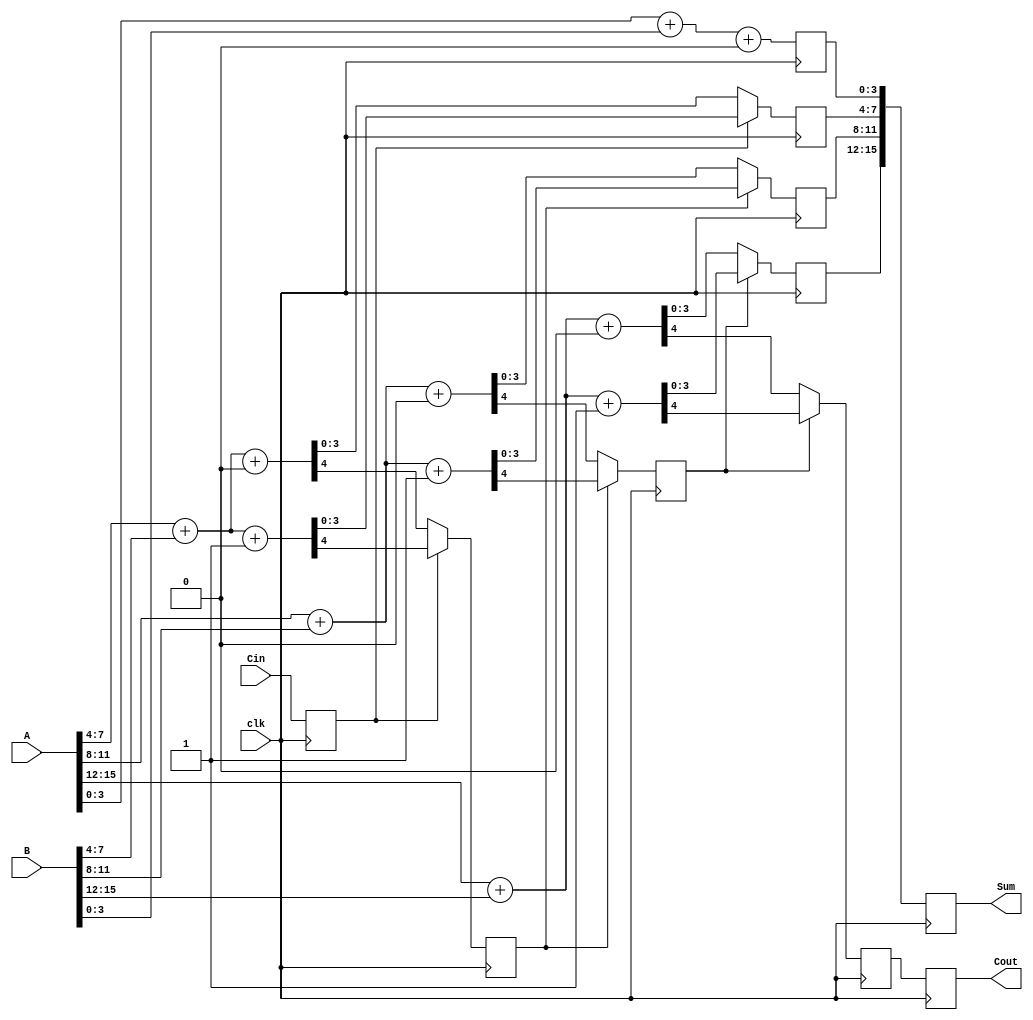
module PipelinedCarrySelectAdder #(parameter n = 16,    // Total bits
                                    parameter k = 4)    // Bits per segment
(
    input  wire [n-1:0] A,      // Input A
    input  wire [n-1:0] B,      // Input B
    input  wire Cin,             // Initial carry-in
    input  wire clk,             // Clock signal
    output reg [n-1:0] Sum,      // Output Sum
    output reg Cout              // Final carry-out
);

localparam p = n / k;  // Number of segments

// Intermediate signals
wire [k-1:0] sum0 [0:p-1];  // Sum outputs with Cin = 0
wire [k-1:0] sum1 [0:p-1];  // Sum outputs with Cin = 1
wire Cout0 [0:p-1];         // Carry-out with Cin = 0
wire Cout1 [0:p-1];         // Carry-out with Cin = 1

// Registers to hold intermediate results for pipelining
reg [k-1:0] segSum [0:p-1];
reg segCout [0:p-1];

integer i;

// Carry Select Logic for each segment
genvar j;
generate
    for (j = 0; j < p; j = j + 1) begin : carry_select_block
        // Select relevant bits for this segment
        wire [k-1:0] A_seg = A[j*k +: k];
        wire [k-1:0] B_seg = B[j*k +: k];

        // Carry Select Adder for the segment
        assign {Cout0[j], sum0[j]} = A_seg + B_seg + 1'b0;
        assign {Cout1[j], sum1[j]} = A_seg + B_seg + 1'b1;    
    end
endgenerate

// Pipelining logic based on clock signal
always @(posedge clk) begin
    // Initialize carry for the first segment
    segCout[0] <= Cin;

    // Calculate segmented sums in a pipelined manner
    for (i = 0; i < p; i = i + 1) begin
        if (i == 0) begin
            // First segment, take input Cin
            segSum[i] <= sum0[i]; // Default to sum assuming carry-in = 0
        end else begin
            // For subsequent segments, determine carry
            if (segCout[i-1]) begin
                segSum[i] <= sum1[i]; // Take sum assuming carry-in = 1
            end else begin
                segSum[i] <= sum0[i]; // Take sum assuming carry-in = 0
            end
            segCout[i] <= (segCout[i-1]) ? Cout1[i] : Cout0[i]; // Propagate carry
        end
    end

    // Aggregate final results
    Sum <= {segSum[p-1], segSum[p-2], segSum[p-3], segSum[p-4]}; // Concatenate results
    Cout <= segCout[p-1]; // Final carry-out
end

endmodule